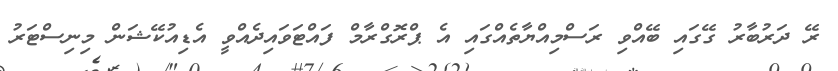
ރޭ ދަރުބާރު ގޭގައި ބޭއްވި ރަސްމިއްޔާތެއްގައި އެ ޕްރޮގްރާމް ފައްޓަވައިދެއްވީ އެޑިއުކޭޝަން މިނިސްޓަރު